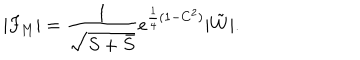
LaTeX: | F _ { M } | = \frac { 1 } { \sqrt { S + \bar { S } } } e ^ { \frac { 1 } { 4 } ( 1 - C ^ { 2 } ) } | \tilde { W } | .